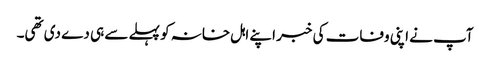
آپ نے اپنی وفات کی خبر اپنے اہل خانہ کو پہلے سے ہی دے دی تھی۔